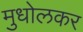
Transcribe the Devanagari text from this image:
मुधोलकर